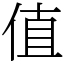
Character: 值